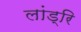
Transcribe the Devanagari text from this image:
लांड्रि